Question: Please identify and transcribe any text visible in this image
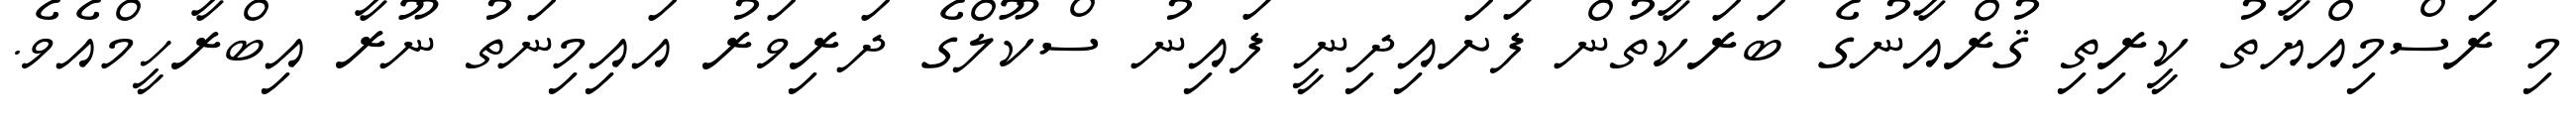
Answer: މި ރަސްމިއްޔާތު ކީރިތި ޤުރްއާނުގެ ބަރަކާތުން ފަށައިދިނީ ފައިނު ސްކޫލްގެ ދަރިވަރު އައިމިނަތު ނޫރާ އިބްރާހީމްއެވެ.